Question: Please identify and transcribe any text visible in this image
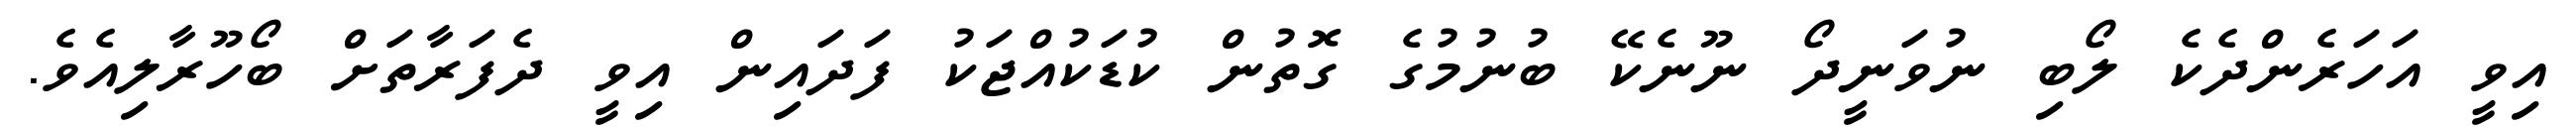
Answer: އިވީ އަހަރެންދެކެ ލޯބި ނުވަނީދޯ ނޫނެކޭ ބުނުމުގެ ގޮތުން ކުޑަކުއްޖަކު ފަދައިން އިވީ ދެފަރާތަށް ބޯހޫރާލިއެވެ.